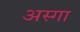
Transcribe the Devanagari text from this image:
अस्गा